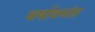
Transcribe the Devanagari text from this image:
वर्षावनांत